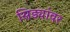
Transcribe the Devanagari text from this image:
सिड्यांवर